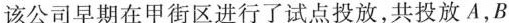
该公司早期在甲街区进行了试点投放，共投放A，B